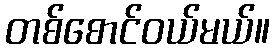
တစ်စောင်ဝယ်မယ်။